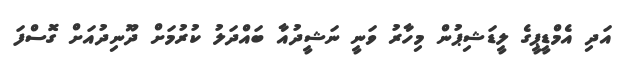
އަދި އެމްޑީޕީގެ ލީޑަޝިޕުން މިހާރު ވަނީ ނަޝީދުއާ ބައްދަލު ކުރުމަށް ދޫނިދުއަށް ގޮސްފަ